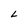
Character: L